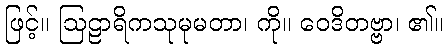
ဖြင့်။ ဩဠာရိကသုမုမတာ၊ ကို။ ဝေဒိတဗ္ဗာ၊ ၏။